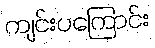
ကျင်းပကြောင်း